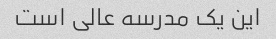
این یک مدرسه عالی است